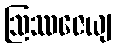
ဩဿဇေယျ